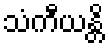
သံကီယန္တိ